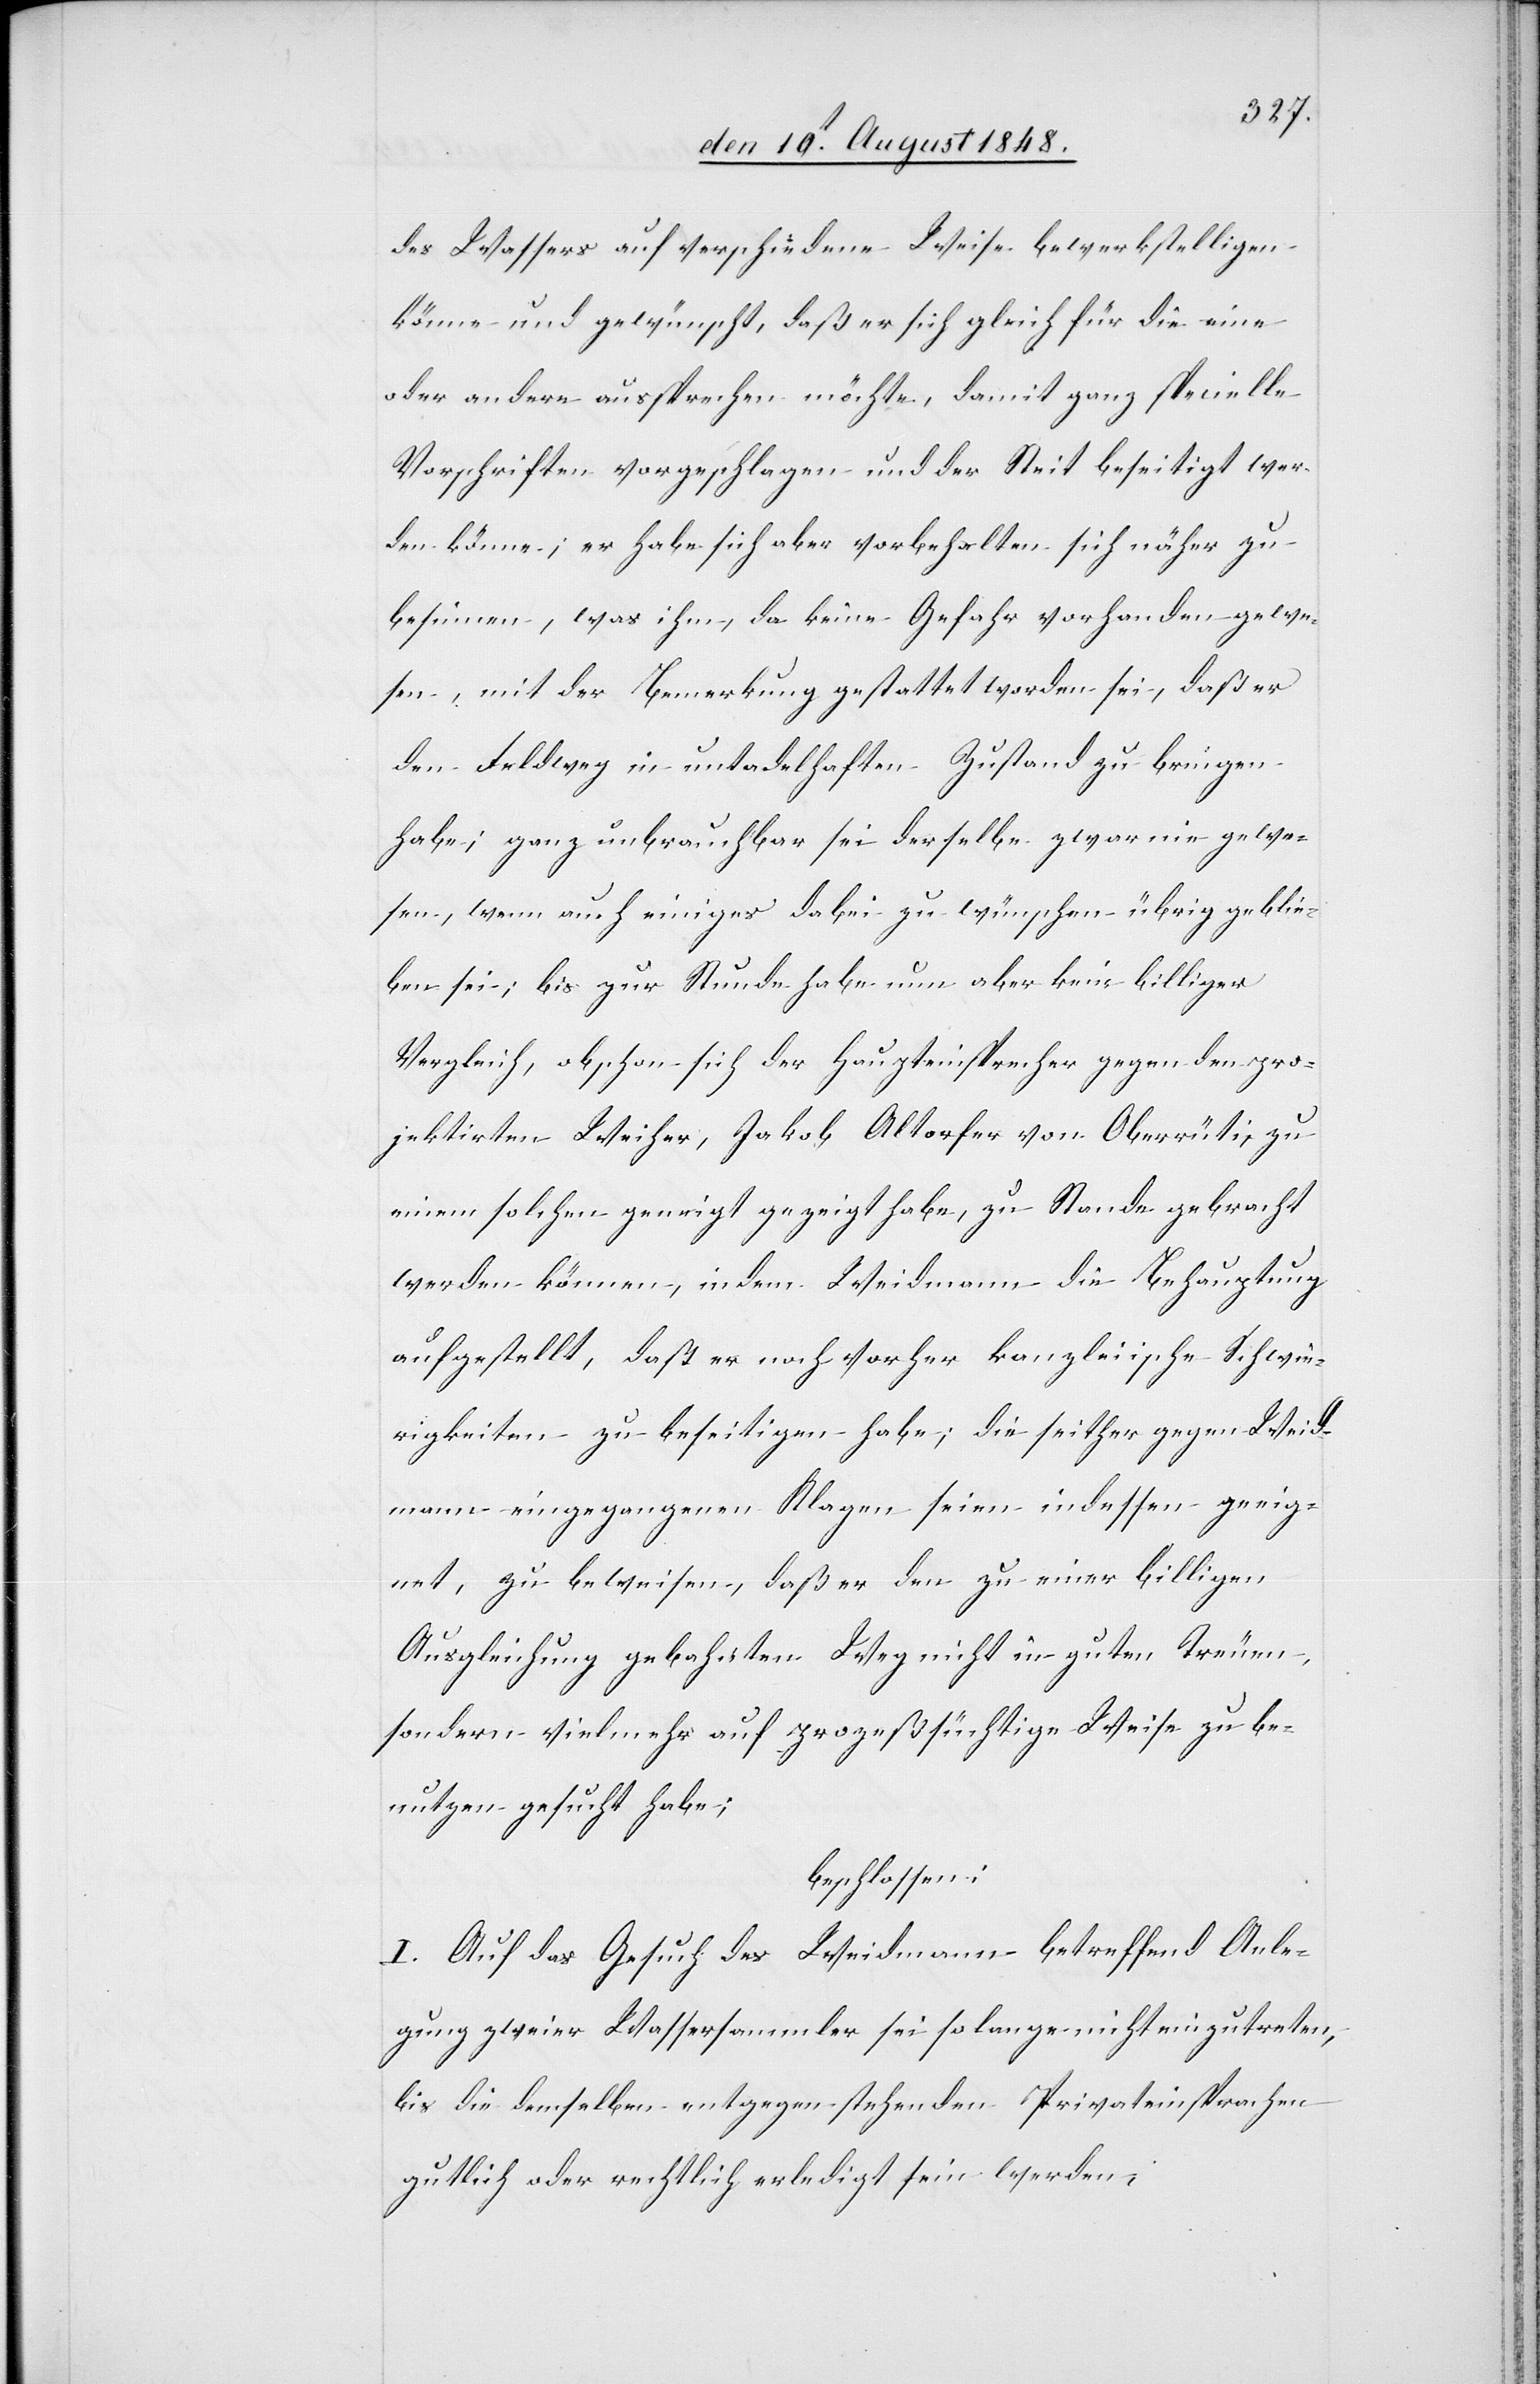
Schw¬
des Wassers auf verschiedene Weise bewerkstelligen
könne und gewünscht, daß er sich gleich für die eine
oder andere aussprechen möchte, damit ganz specielle
Vorschriften vorgeschlagen und der St[r]eit beseitigt wer¬
den könne; er habe sich aber vorbehalten sich näher zu
besinnen, was ihm, da keine Gefahr vorhanden gewe¬
sen, mit der Bemerkung gestattet worden sei, daß er
den Feldweg in untadelhaften Zustand zu bringen
habe; ganz unbrauchbar sei derselbe zwar nie gewe¬
sen, wenn auch einiges dabei zu wünschen übrig geblie¬
ben sei, bis zur Stunde habe nun aber kein billiger
Vergleich, obschon sich der Haupteinsprecher gegen den pro¬
jektirten Weiher, Jakob Morfer von Oberrüti, zu
ierigkeiten zu beseitigen habe; die seither gegen Weid¬
mann eingegangenen Klagen seien indessen geeig¬
net, zu beweisen, daß er den zu einer billigen
Ausgleichung gebahnten Weg nicht in guten Treuen,
sondern vielmehr auf prozeßsüchtige Weise zu be¬
nutzen gesucht haben;
beschlossen:
I. Auf das Gesuch des Weidmann betreffend Anle¬
gung zweier Wassersammler sei so lange nicht einzutreten,
bis die denselben entgegen stehenden Privateinsprachen
gütlich oder rechtlich erledigt sein werden;